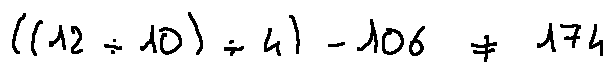
( ( 1 2 \div 1 0 ) \div 4 ) - 1 0 6 \neq 1 7 4